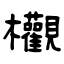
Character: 欟